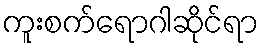
ကူးစက်ရောဂါဆိုင်ရာ